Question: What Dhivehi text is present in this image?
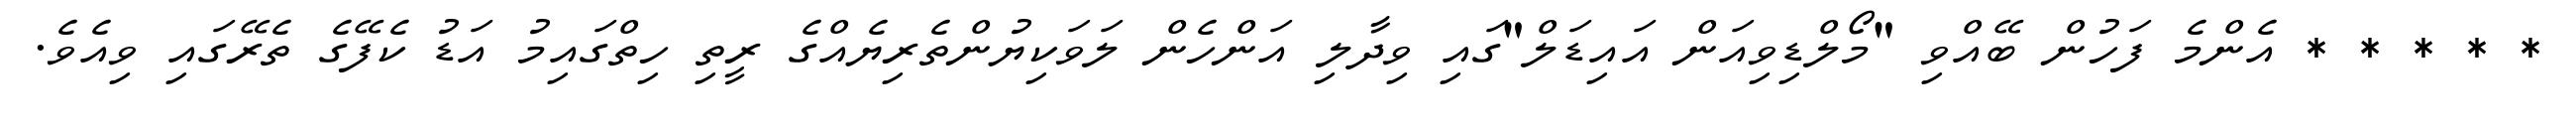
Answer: * * * * * އެންމެ ފަހުން ބޭއްވި "މޯލްޑިވިއަން އައިޑަލް"ގައި ވިދާލި އަންހެން ލަވަކިޔުންތެރިޔެއްގެ ރީތި ހިތްގައިމު އަޑު ކެފޭގެ ތެރޭގައި ވިއެވެ.